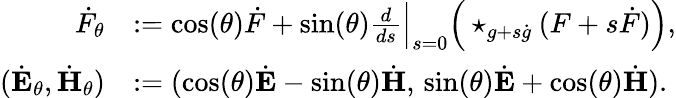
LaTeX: \begin{array}{rl}{\dot{F}_{\theta}}&{:=\cos(\theta)\dot{F}+\sin(\theta)\frac{d}{ds}\Big\lvert_{s=0}\Big(\star_{g+s\dot{g}}(F+s\dot{F})\Big),}\\ {(\dot{\mathbf{E}}_{\theta},\dot{\mathbf{H}}_{\theta})}&{:=(\cos(\theta)\dot{\mathbf{E}}-\sin(\theta)\dot{\mathbf{H}},\, \sin(\theta)\dot{\mathbf{E}}+\cos(\theta)\dot{\mathbf{H}}).}\end{array}